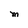
Character: M